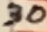
Text: 30